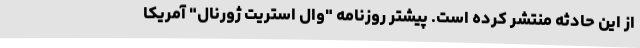
از این حادثه منتشر کرده است. پیشتر روزنامه "وال استریت ژورنال" آمریکا